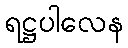
ရဋ္ဌပါလေန